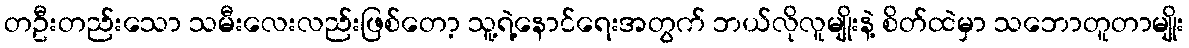
တဦးတည်းသော သမီးလေးလည်းဖြစ်တော့ သူ့ရဲ့နောင်ရေးအတွက် ဘယ်လိုလူမျိုးနဲ့ စိတ်ထဲမှာ သဘောတူတာမျိုး